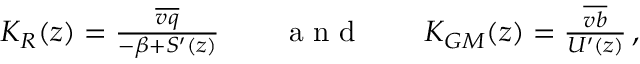
\begin{array} { r } { K _ { R } ( z ) = \frac { \overline { { v q } } } { - \beta + { \cal S } ^ { \prime } ( z ) } \qquad \mathrm { ~ a ~ n ~ d ~ } \qquad K _ { G M } ( z ) = \frac { \overline { { v b } } } { U ^ { \prime } ( z ) } \, , } \end{array}